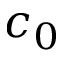
c _ { 0 }